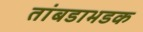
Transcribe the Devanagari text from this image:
तांबडाभडक